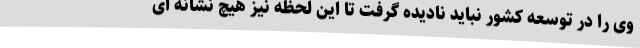
وی را در توسعه کشور نباید نادیده گرفت تا این لحظه نیز هیچ نشانه ای